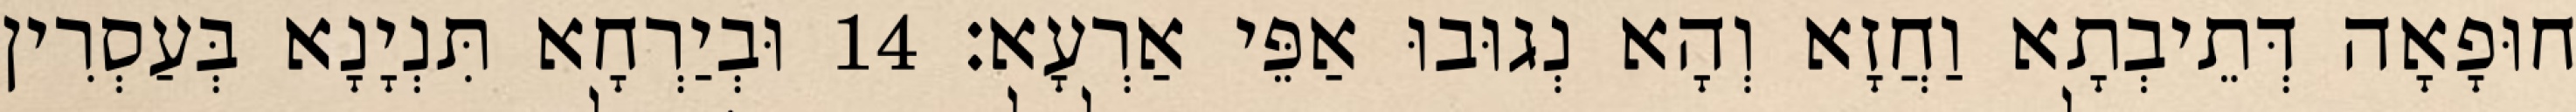
חוּפָאָה דְּתֵיבְתָא וַחֲזָא וְהָא נְגוּבוּ אַפֵּי אַרְעָא׃ 14 וּבְיַרְחָא תִּנְיָנָא בְּעַסְרִין